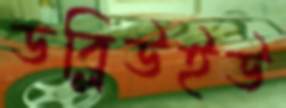
ডব্লিউইউ